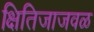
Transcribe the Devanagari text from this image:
क्षितिजाजवळ